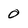
Character: 0